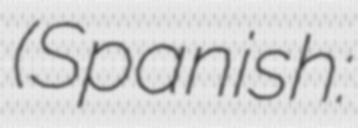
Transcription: (Spanish: